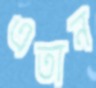
এতান